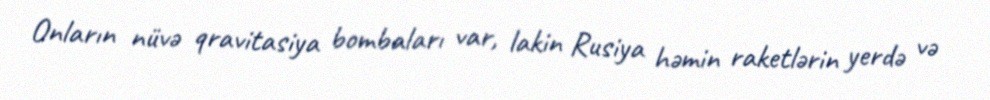
Onların nüvə qravitasiya bombaları var, lakin Rusiya həmin raketlərin yerdə və